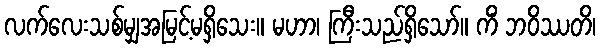
လက်လေးသစ်မျှအမြင့်မရှိသေး။ မဟာ၊ ကြီးသည်ရှိသော်။ ကိံ ဘဝိဿတိ၊